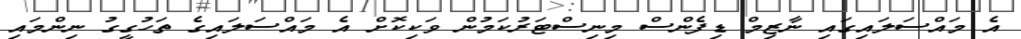
އެ މައްސަލައިގައި ނާޒިމް ޑިފެންސް މިނިސްޓަރުކަމުން ވަކިކޮށް އެ މައްސަލައިގެ ތަހުގީގު ނިންމައި